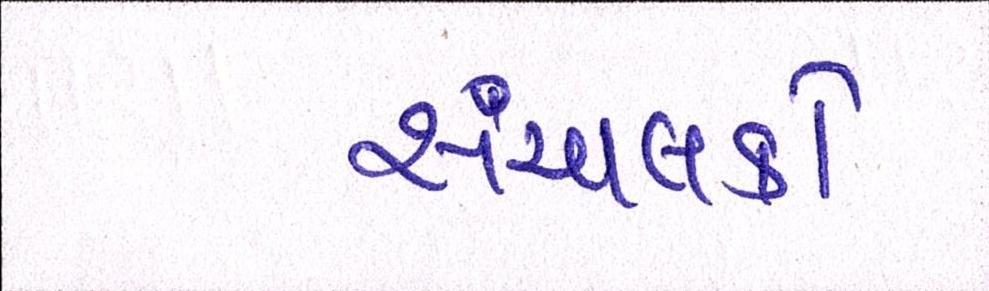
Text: સંચાલકો